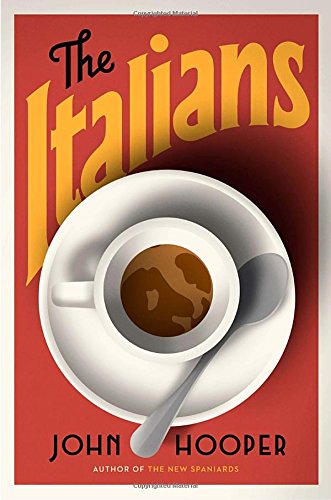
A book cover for The Italians; John Hooper; History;